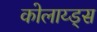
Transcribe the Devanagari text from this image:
कोलाय्ड्स